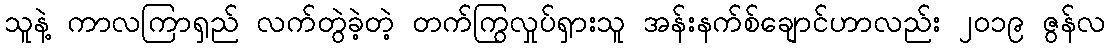
သူနဲ့ ကာလကြာရှည် လက်တွဲခဲ့တဲ့ တက်ကြွလှုပ်ရှားသူ အန်းနက်စ်ချောင်ဟာလည်း ၂၀၁၉ ဇွန်လ